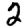
Digit: 2